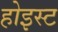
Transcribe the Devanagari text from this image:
होइस्ट